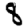
Digit: 8